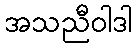
အသညီဝါဒါ